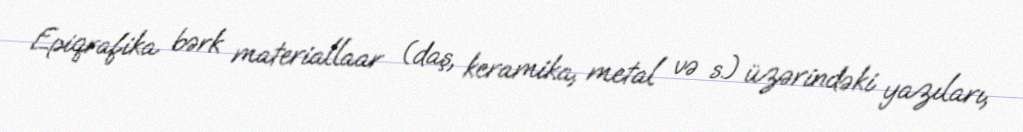
Epiqrafika bərk materiallaar (daş, keramika, metal və s.) üzərindəki yazıları,